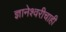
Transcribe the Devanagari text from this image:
ज्ञानेश्वरीचाही